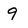
Character: 9